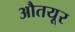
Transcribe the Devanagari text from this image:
औतयूर